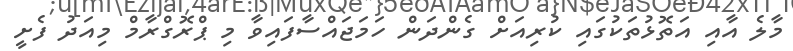
މާލެ އާއި އަތޮޅުތަކުގައި ކުރިއަށް ގެންދަން ހަމަޖައްސާފައިވާ މި ޕްރޮގްރާމް މިއަދު ފެށީ